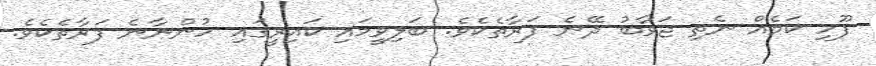
ފޫހި ކަމެއް ނެތި ޖަވާބު ދޭނެ ފަރާތެކެވެ. ބަލިވީމައި ކައިރީގައި ހުންނާނެ ފަރާތެކެވެ.